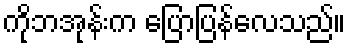
ကိုဘအုန်းက ပြောပြန်လေသည်။